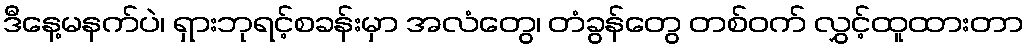
ဒီနေ့မနက်ပဲ၊ ရှားဘုရင့်စခန်းမှာ အလံတွေ၊ တံခွန်တွေ တစ်ဝက် လွှင့်ထူထားတာ